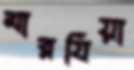
মারযিয়া